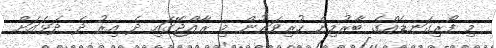
މި ފޯރިގަނޑެއްގެ ބާރުމިން ހުރިވަރުން މި ރާއްޖޭގައި ދެ އިރު ދެ ދަޅައަށް